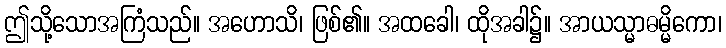
ဤသို့သောအကြံသည်။ အဟောသိ၊ ဖြစ်၏။ အထခေါ၊ ထိုအခါ၌။ အာယသ္မာဓမ္မိကော၊